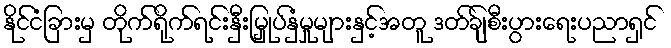
နိုင်ငံခြားမှ တိုက်ရိုက်ရင်းနှီးမြှုပ်နှံမှုများနှင့်အတူ ဒတ်ချ်စီးပွားရေးပညာရှင်